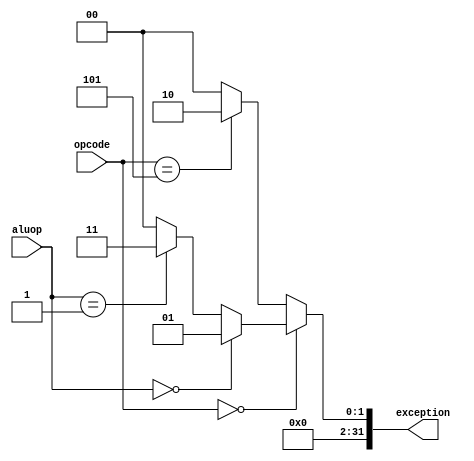
module exception_bits(exception, opcode, aluop);
	input [4:0] opcode, aluop;
	output reg [31:0] exception;
	
	always @(*) begin
		exception <= 32'd0;
		
		if (opcode == 5'b00000) begin
			if (aluop == 5'b00000) begin
				exception <= 32'd1;
			end else if (aluop == 5'b00001) begin
				exception <= 32'd3;
			end
		end else if (opcode == 5'b00101) begin
			exception <= 32'd2;
		end
	end
endmodule